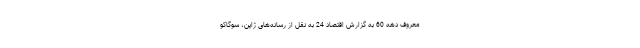
معروف دهه 60 به گزارش اقتصاد 24 به نقل از رسانه‌های ژاپن، سوگاکو